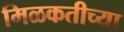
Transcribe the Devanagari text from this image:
मिळकतीच्या